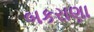
બકરાણા